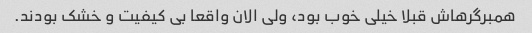
همبرگرهاش قبلا خیلی خوب بود، ولی الان واقعا بی کیفیت و خشک بودند.